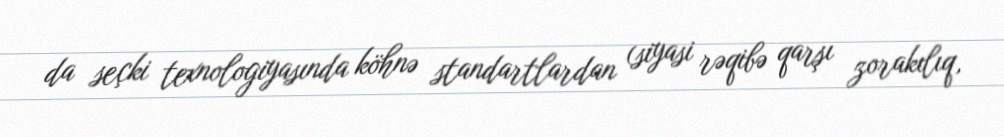
da seçki texnologiyasında köhnə standartlardan (siyasi rəqibə qarşı zorakılıq,